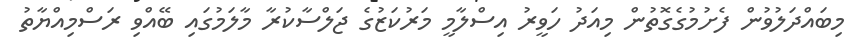
މިބައްދަލުވުން ފެށުމުގެގޮތުން މިއަދު ހަވީރު އިސްލާމީ މަރުކަޒުގެ ޖަލްސާކުރާ މާލަމުގައި ބޭއްވި ރަސްމިއްޔާތު